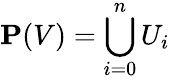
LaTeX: \mathbf{P}(V)=\bigcup_{i=0}^{n}U_{i}